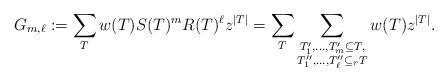
LaTeX: \begin{align*} G_{m,\ell}:=\sum_{T} w(T)S(T)^m R(T)^\ell z^{|T|}= \sum_{T}\sum_{\substack{T'_1,\dots,T_m'\subseteq T,\\ T''_1,\dots,T_\ell''\subseteq_r T} }w(T)z^{|T|}.\end{align*}